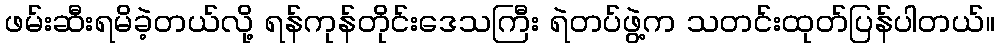
ဖမ်းဆီးရမိခဲ့တယ်လို့ ရန်ကုန်တိုင်းဒေသကြီး ရဲတပ်ဖွဲ့က သတင်းထုတ်ပြန်ပါတယ်။